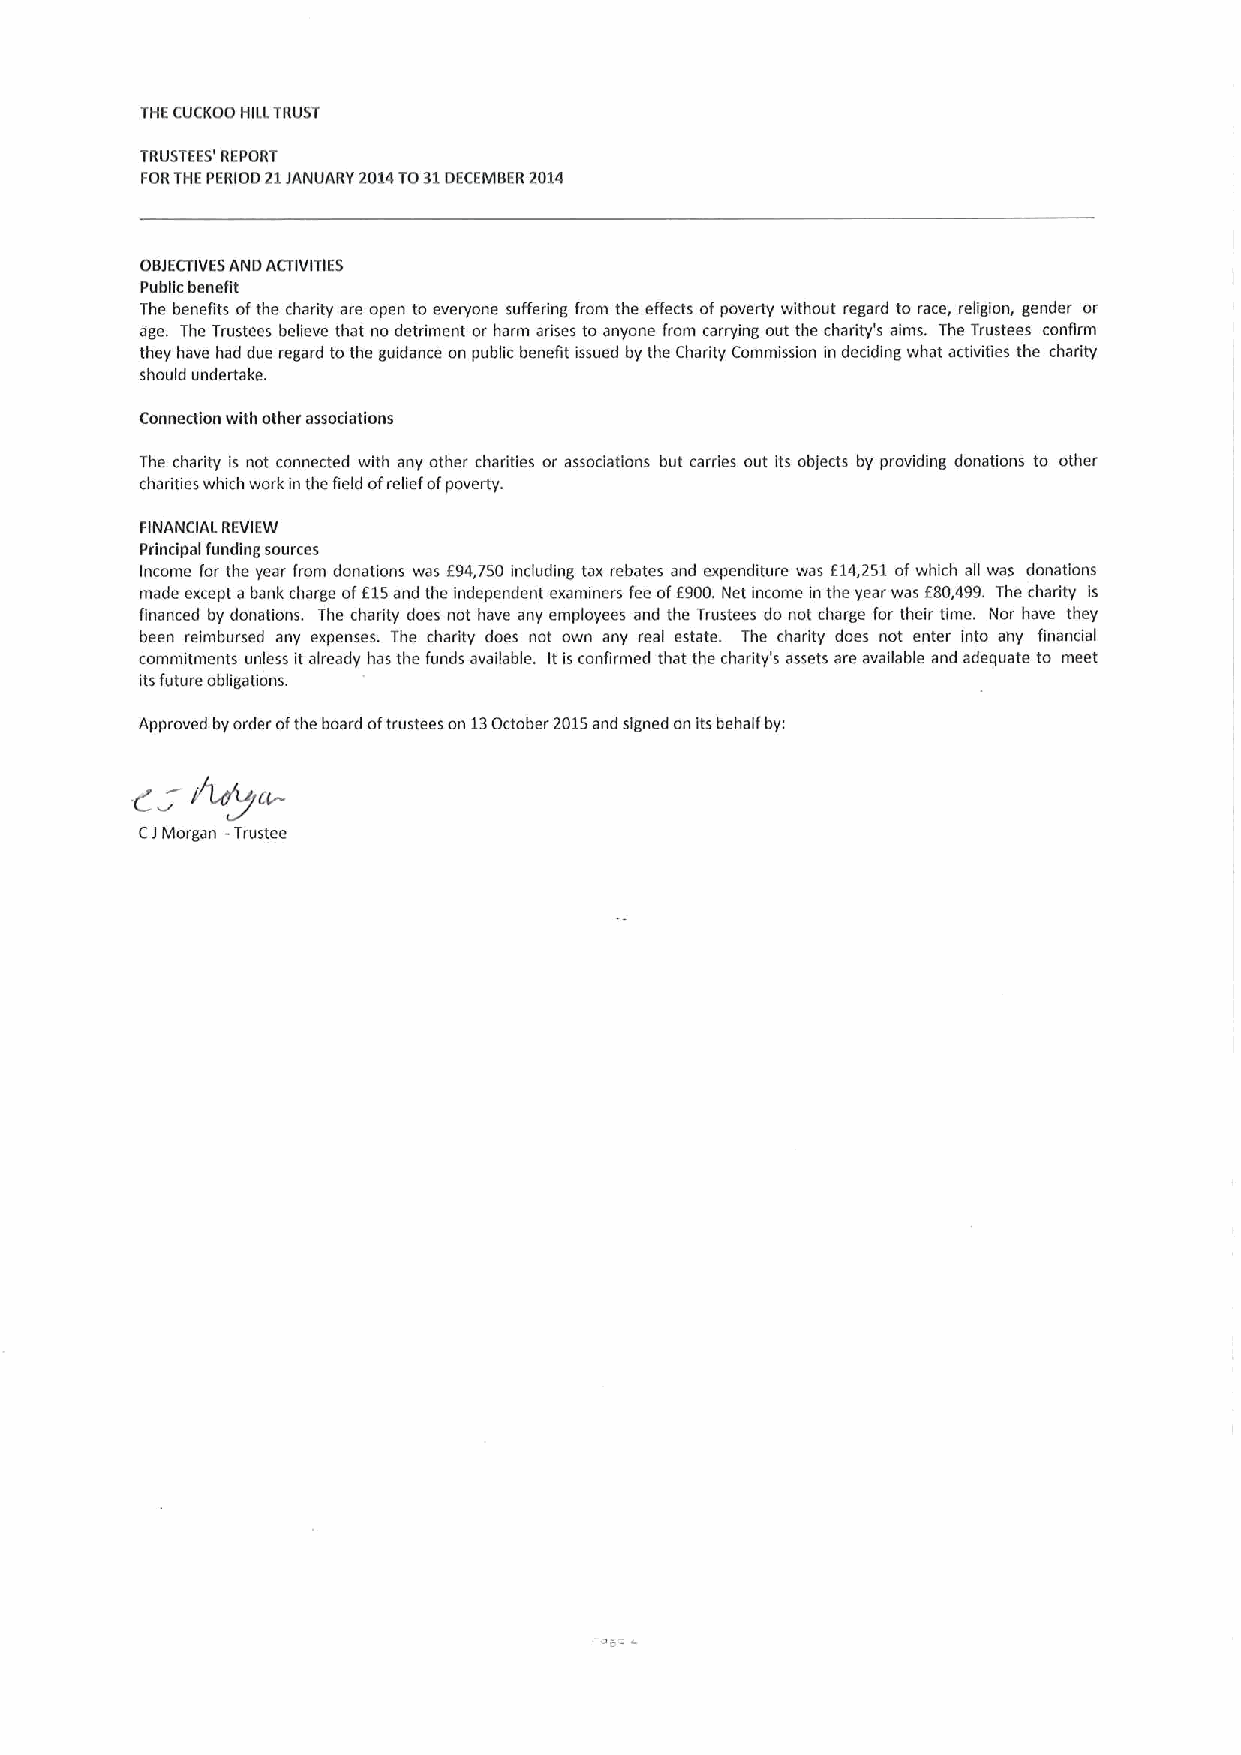
THECUCKOO HILLTRUST
 TRUSTEES' REPORT
 FORTHEPERIOD 21JANUARY 2014TO31DECEMBER2014
 OBJECTIVESAND ACTIVITIES
 Pubgc benefit
 The benefits ofthe charity are open to everyone suffering from the effects ofpoverty without regard to race, religion, gender or
 age. The Trustees believe that no detriment or harm arises to anyone from carrying out the charity's aims. The Trustees confirm
 they have had due regard to the guidance on public benefit issued by the Charity Commission in deciding what activities the charity
 should undertake.
 Connection with other associations
 The charity is not connected with any other charities or associations but carries out its objects by providing donations to other
 charities which work in the field ofrelief ofpoverty.
 FINANCIAL REVIEW
 Principal funding sources
 Income for the year from donations was E94,750 including tax rebates and expenditure was E14,251 ofwhich all was donations
 made except a bank charge ofE15and the independent examiners feeoff900.Net income in the year was E80,499. The charity is
 financed by donations. The charity does not have any employees and the Trustees do not charge for their time. Nor have they
 been reimbursed any expenses. The charity does not own any real estate. The charity does not enter into any financial
 commitments unless it already has the funds available. Itis confirmed that the charity's assets are available and adequate to meet
 its future obligations.
 Approved by order ofthe board oftrustees on 13October 2015and signed on its behalf by:
 -~~C~
 g
 CJMorgan -Trustee